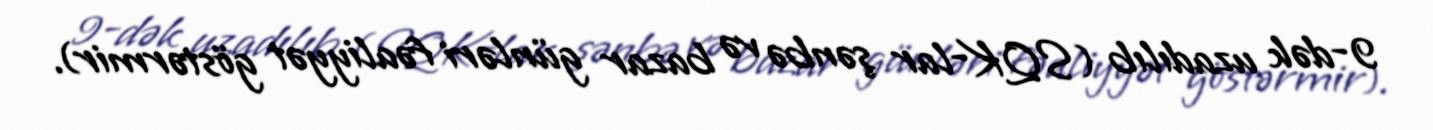
9-dək uzadılıb (SQK-lar şənbə və bazar günləri fəaliyyət göstərmir).